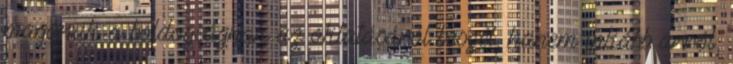
magának a boldogságnak az oktatásáról beszél, hanem inkább arról,